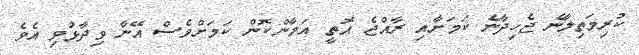
ކުރިމަތިލާނެ ޖެހިދާނެ ކަމަށާއި ރާއްޖެ އޮތީ އަމާންކޮން ކަމަށްވެސް އޭނާ ވިދާޅުވި އެވެ.